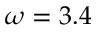
\omega = 3 . 4